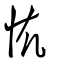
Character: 𢗟